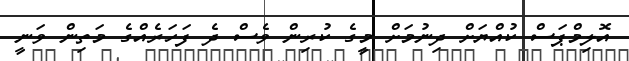
އޮލިމްޕަސް ކުއްޔަށް ދިނުމަށް މީގެ ކުރިން ވެސް ދެ ފަހަރެއްގެ މަތިން ވަނީ